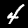
Digit: 4